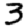
Digit: 3